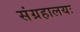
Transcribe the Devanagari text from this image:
संग्रहालयः